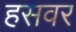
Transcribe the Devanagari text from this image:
हसवर